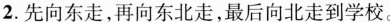
2.先向东走，再向东北走，最后向北走到学校。